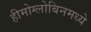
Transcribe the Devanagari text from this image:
हीमोग्लोबिनमध्ये